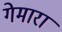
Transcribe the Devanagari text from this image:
गेमारा